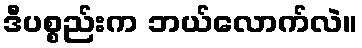
ဒီပစ္စည်းက ဘယ်လောက်လဲ။